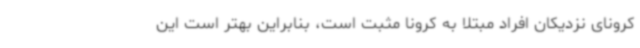
کرونای نزدیکان افراد مبتلا به کرونا مثبت است، بنابراین بهتر است این